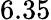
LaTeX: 6.35